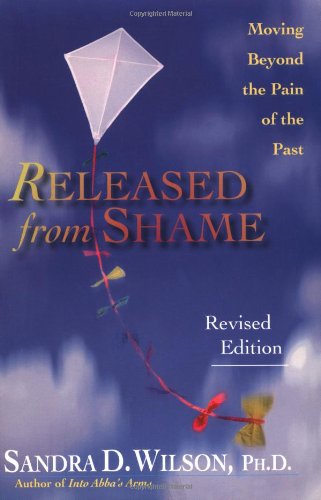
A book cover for Released from Shame: Moving Beyond the Pain of the Past; Sandra D. Wilson; Christian Books & Bibles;